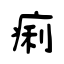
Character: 痢